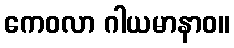
ကေဝလာ ဂါယမာနာဝ။